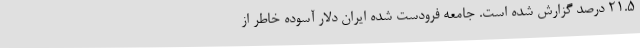
۲۱.۵ درصد گزارش شده است. جامعه فرودست شده ایران دلار آسوده خاطر از